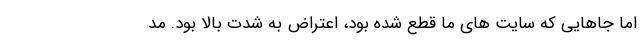
اما جاهایی که سایت های ما قطع شده بود، اعتراض به شدت بالا بود. مد